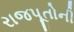
રાજપૂતોની